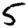
Digit: 5